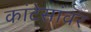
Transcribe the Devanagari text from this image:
कांटेसांवर